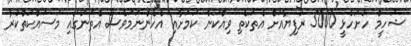
ޝަހީމް ހުށަހެޅީ 5000 ރުފިޔާއަށް އެތަކެތި ވިއްކަން ކަމަށާއި އެހެންނަމަވެސް އެތަނުގައި މަސައްކަތްކުރާ